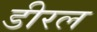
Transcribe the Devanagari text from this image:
डीरल